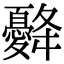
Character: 𢥙